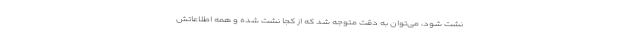
نشت شود، می‌توان به دقت متوجه شد که از کجا نشت شده و همه اطلاعاتش